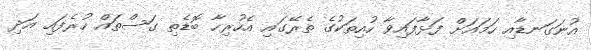
އުނަގަނޑާއި ހަމައަށް ފަޅާފައިވާ ހުއިތަކުގެ ތެރޭގައި އެހުރިހާ ބޮޑެތި ގަސްތައް ހުރެފައި އަދި